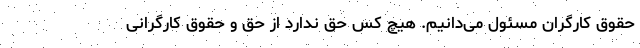
حقوق کارگران مسئول می‌دانیم. هیچ کس حق ندارد از حق و حقوق کارگرانی